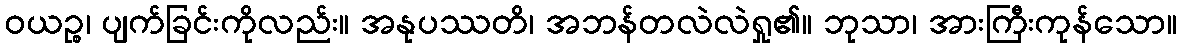
ဝယဉ္စ၊ ပျက်ခြင်းကိုလည်း။ အနုပဿတိ၊ အဘန်တလဲလဲရှု၏။ ဘုသာ၊ အားကြီးကုန်သော။